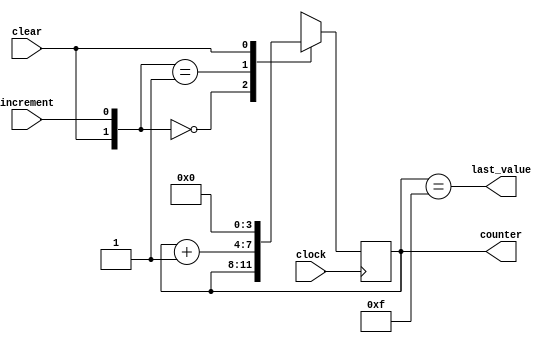
module four_bit_counter(
  input wire clock,
  input wire clear,
  input wire increment,
  output reg [3:0] counter,
  output wire last_value
  );

  always @(posedge clock) begin
    casex ({clear, increment})
      2'b00: counter <= counter;
      2'b01: counter <= counter + 4'b0001;
      2'b1x: counter <= 4'b0000;
    endcase
  end

  assign last_value = (counter == 4'b1111);

endmodule